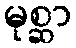
မုစ္ဆာ